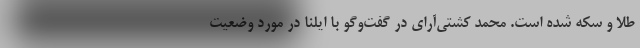
طلا و سکه شده است. محمد کشتی‌آرای در گفت‌وگو با ایلنا در مورد وضعیت